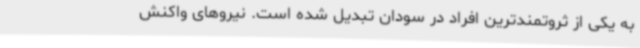
به یکی از ثروتمندترین افراد در سودان تبدیل شده است. نیروهای واکنش